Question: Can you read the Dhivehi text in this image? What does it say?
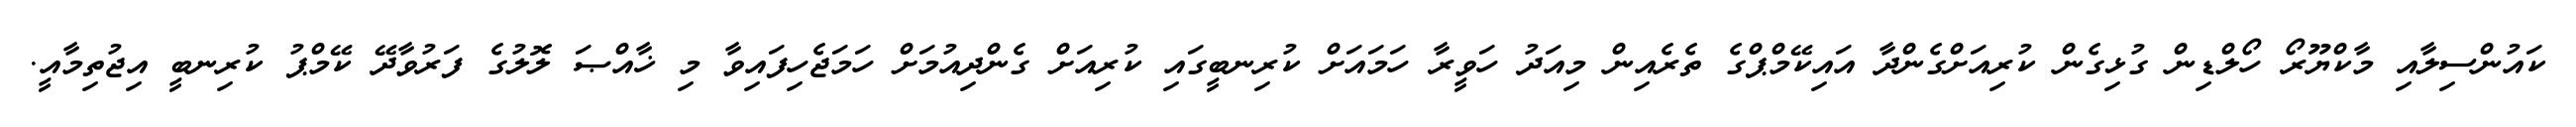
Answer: ކައުންސިލާއި މާކްޔޫރޯ ހޯލްޑިން ގުޅިގެން ކުރިއަށްގެންދާ އައިކޭމްޕްގެ ތެރެއިން މިއަދު ހަވީރާ ހަމައަށް ކުރިނބީގައި ކުރިއަށް ގެންދިއުމަށް ހަމަޖެހިފައިވާ މި ޚާއްޞަ ލޮލުގެ ފަރުވާދޭ ކޭމްޕު ކުރިނބީ އިޖުތިމާއީ.